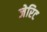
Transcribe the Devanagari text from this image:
जेरिट